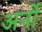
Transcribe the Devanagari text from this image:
अर्नो